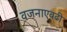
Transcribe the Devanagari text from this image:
वजनाएवढी